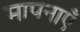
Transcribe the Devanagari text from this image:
मापनाएँ